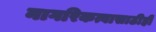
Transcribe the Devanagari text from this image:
नागरिकत्वासाठीही